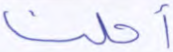
أحلنا